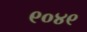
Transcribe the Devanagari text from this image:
९०४९